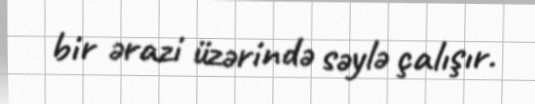
bir ərazi üzərində səylə çalışır.